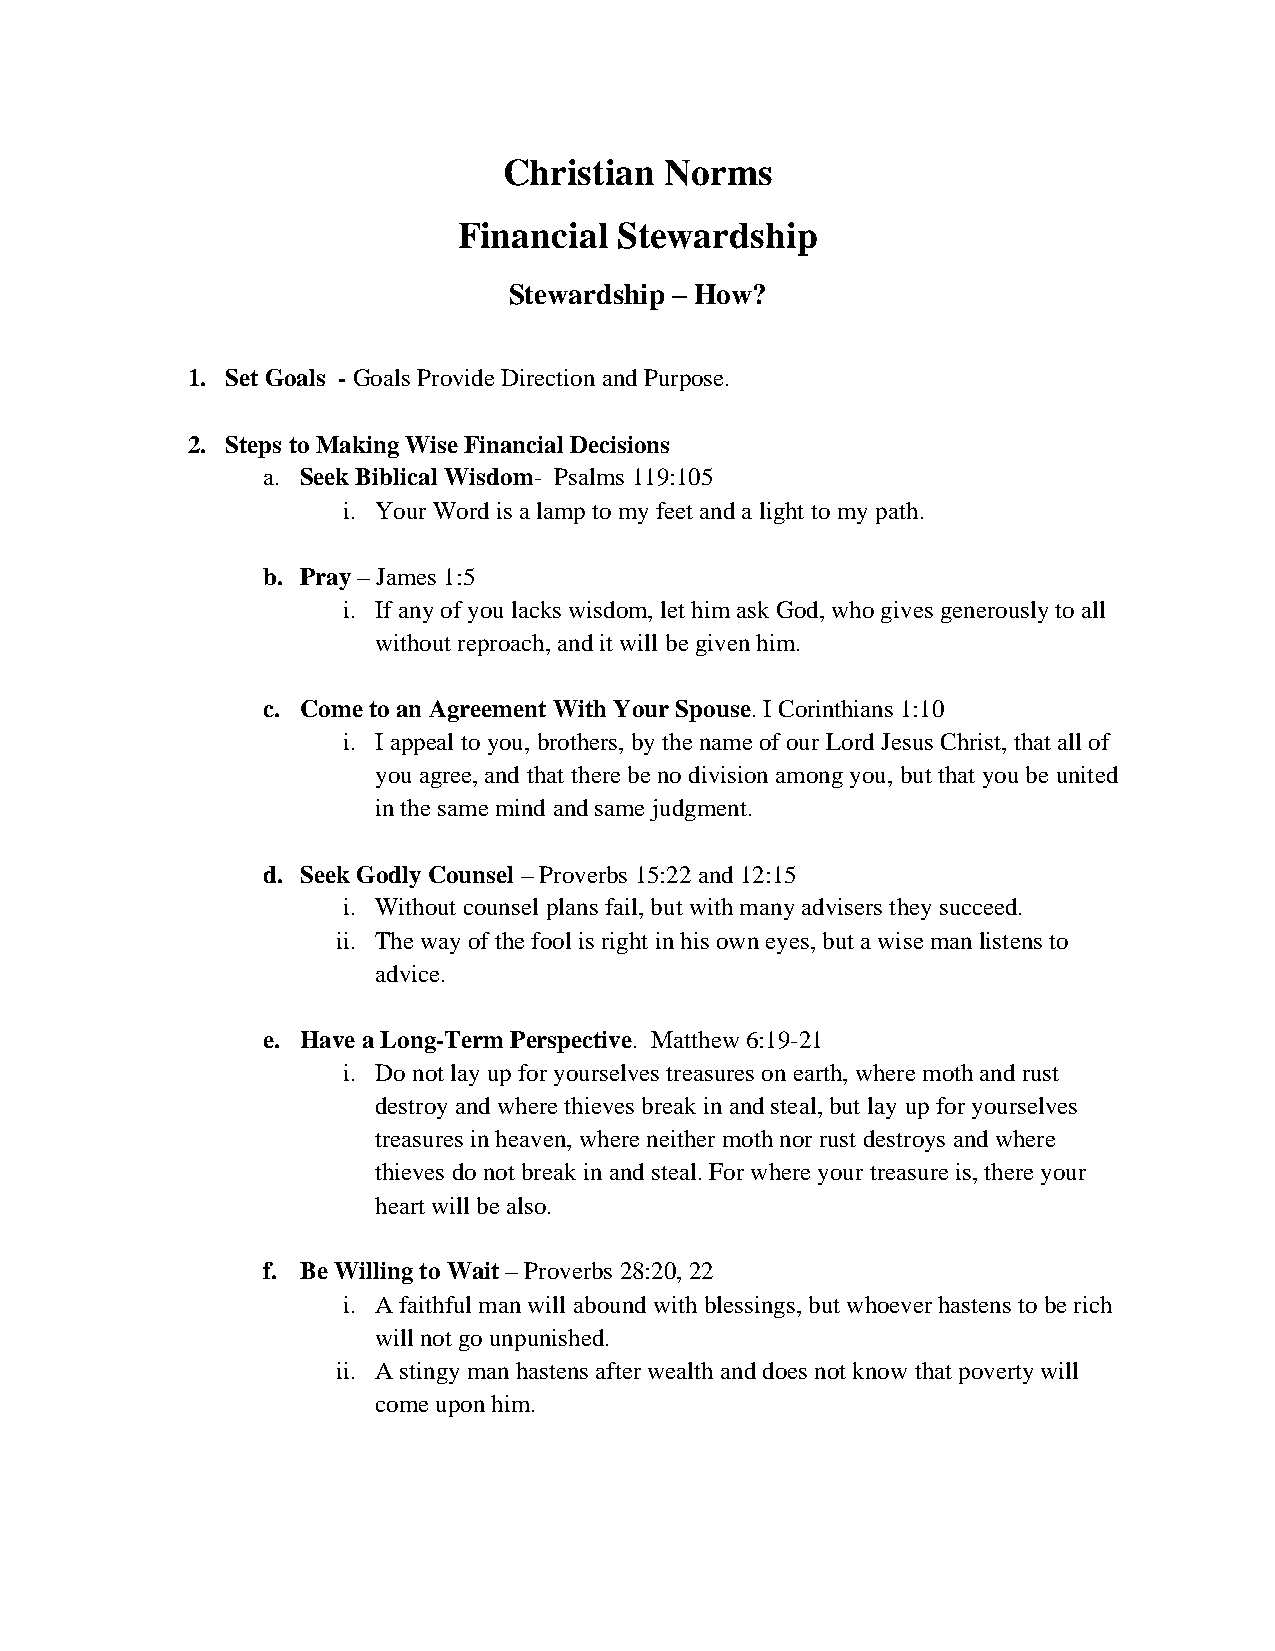
Christian  Norms
 Financial  Stewardship
 Stewardship – How?
 1. Set Goals - Goals Provide Direction and Purpose.
 2. Steps to Making Wise Financial Decisions
 a. Seek Biblical Wisdom- Psalms 119:105
 i. Your Word is a lamp to my feet and a light to my path.
 b. Pray – James 1:5
 i. If any of you lacks wisdom, let him ask God, who gives generously to all
 without reproach, and it will be given him.
 c. Come to an Agreement With Your Spouse. I Corinthians 1:10
 i. I appeal to you, brothers, by the name of our Lord Jesus Christ, that all of
 you agree, and that there be no division among you, but that you be united
 in the same mind and same judgment.
 d. Seek Godly Counsel – Proverbs 15:22 and 12:15
 i. Without counsel plans fail, but with many advisers they succeed.
 ii. The way of the fool is right in his own eyes, but a wise man listens to
 advice.
 e. Have a Long-Term Perspective. Matthew 6:19-21
 i. Do not lay up for yourselves treasures on earth, where moth and rust
 destroy and where thieves break in and steal, but lay up for yourselves
 treasures in heaven, where neither moth nor rust destroys and where
 thieves do not break in and steal. For where your treasure is, there your
 heart will be also.
 f. Be Willing to Wait – Proverbs 28:20, 22
 i. A faithful man will abound with blessings, but whoever hastens to be rich
 will not go unpunished.
 ii. A stingy man hastens after wealth and does not know that poverty will
 come upon him.